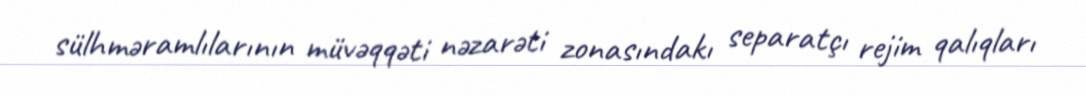
sülhməramlılarının müvəqqəti nəzarəti zonasındakı separatçı rejim qalıqları